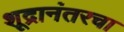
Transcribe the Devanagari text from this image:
शूद्रानंतरचा